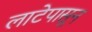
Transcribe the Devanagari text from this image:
लाटेपासून